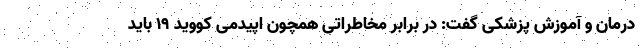
درمان و آموزش پزشکی گفت: در برابر مخاطراتی همچون اپیدمی کووید ۱۹ باید